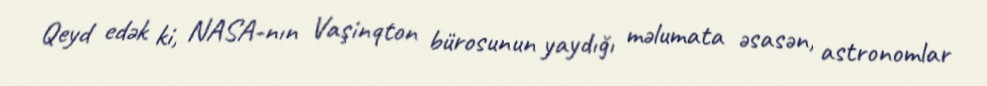
Qeyd edək ki, NASA-nın Vaşinqton bürosunun yaydığı məlumata əsasən, astronomlar